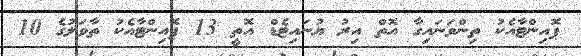
ޕޮއިންޓާއެކު ތިންވަނައިގާ އޮތް އިރު ޔުނައިޓެޑް އޮތީ 13 ޕޮއިންޓާއެކު ތާވަލުގެ 10